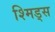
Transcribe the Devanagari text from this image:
श्मिड्स